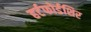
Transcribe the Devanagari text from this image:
हर्टफोर्डशिर